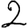
Digit: 2